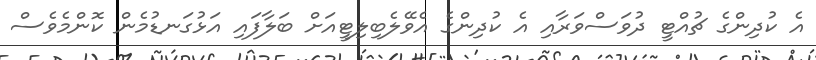
އެ ކުދިންގެ ޗުއްޓީ ދުވަސްވަރާއި އެ ކުދިންގެ އެވޭލެބިލިޓީއަށް ބަލާފައި އަޅުގަނޑުމެން ކޮންމެވެސް